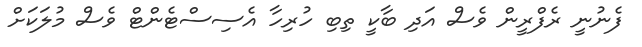
ފެނުނީ ރެފްރީން ވެސް އަދި ބާކީ ތިބި ހުރިހާ އެސިސްޓެންޓް ވެސް މުލަކަަށް